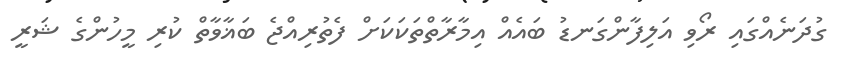
ގުދަނެއްގައި ރޯވި އަލިފާންގަނޑު ބައެއް އިމާރާތްތަކަކަށް ފެތުރިއްޖެ ބަޣާވާތް ކުރި މީހުންގެ ޝަރީ